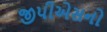
જીપીએસનો